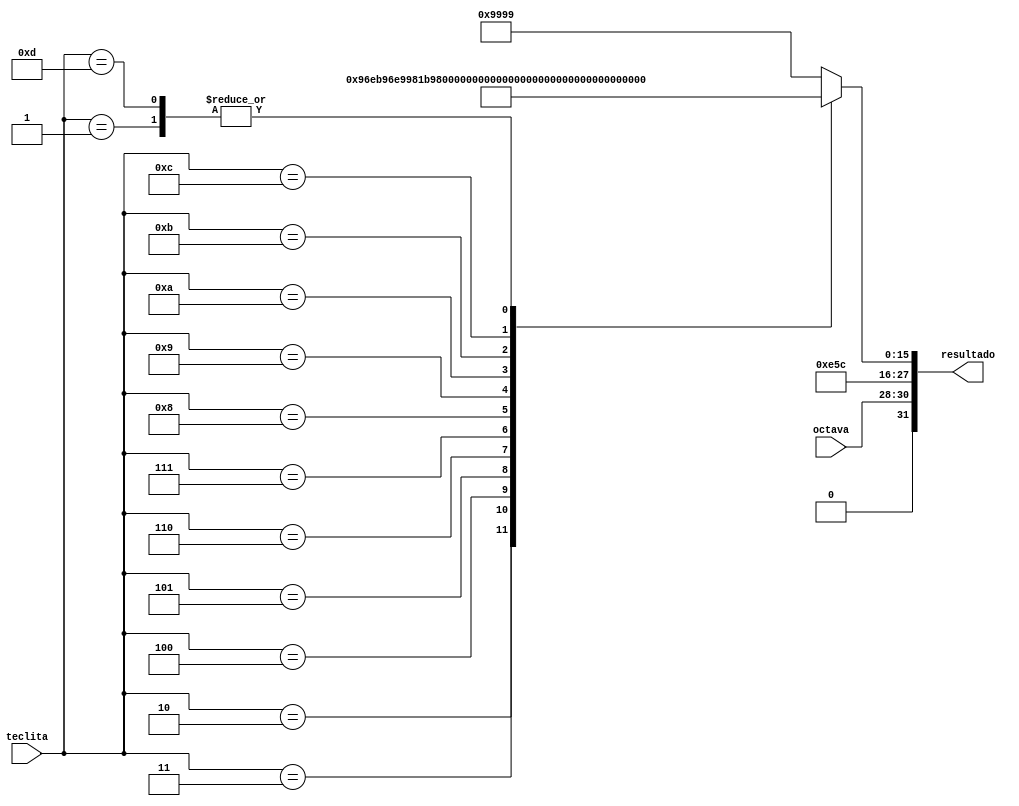
module mostrar(
input [3:0] teclita,
input [2:0] octava,
output reg [31:0] resultado
    );
    
always@ (*) begin
case(teclita)
4'd1: resultado = {1'b0, octava, 4'd14, 4'd5, 4'd12, 4'd9, 4'd13, 4'd0, 4'd9};
4'd2: resultado = {1'b0, octava, 4'd14, 4'd5, 4'd12, 4'd9, 4'd6, 4'd14, 4'd11};
4'd3: resultado = {1'b0, octava, 4'd14, 4'd5, 4'd12, 4'd9, 4'd6, 4'd14, 4'd9};
4'd4: resultado = {1'b0, octava, 4'd14, 4'd5, 4'd12, 4'd9, 4'd8, 4'd1, 4'd11};
4'd5: resultado = {1'b0, octava, 4'd14, 4'd5, 4'd12, 4'd9, 4'd8, 4'd1, 4'd9};
4'd6: resultado = {1'b0, octava, 4'd14, 4'd5, 4'd12, 4'd9, 4'd15, 4'd10, 4'd9};
4'd7: resultado = {1'b0, octava, 4'd14, 4'd5, 4'd12, 4'd5, 4'd0, 4'd7, 4'd11};
4'd8: resultado = {1'b0, octava, 4'd14, 4'd5, 4'd12, 4'd5, 4'd0, 4'd7, 4'd9};
4'd9: resultado = {1'b0, octava, 4'd14, 4'd5, 4'd12, 4'd9, 4'd7, 4'd10, 4'd11};
4'd10: resultado = {1'b0, octava, 4'd14, 4'd5, 4'd12, 4'd9, 4'd7, 4'd10, 4'd9};
4'd11: resultado = {1'b0, octava, 4'd14, 4'd5, 4'd12, 4'd9, 4'd5, 4'd1, 4'd11};
4'd12: resultado = {1'b0, octava, 4'd14, 4'd5, 4'd12, 4'd9, 4'd5, 4'd1, 4'd9};
4'd13: resultado = {1'b0, octava, 4'd14, 4'd5, 4'd12, 4'd9, 4'd13, 4'd0, 4'd9};
default: resultado = {1'b0, octava, 4'd14, 4'd5, 4'd12, 4'd9, 4'd9, 4'd9, 4'd9};
endcase end

endmodule